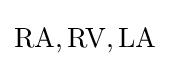
\mathrm {RA} ,\mathrm {RV} ,\mathrm {LA}